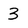
Character: 3